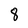
Character: 8